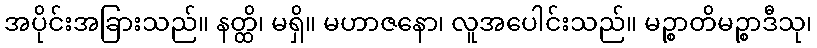
အပိုင်းအခြားသည်။ နတ္ထိ၊ မရှိ။ မဟာဇနော၊ လူအပေါင်းသည်။ မဉ္စာတိမဉ္စာဒီသု၊